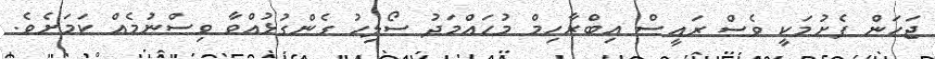
ޖަހަން ފެށުމަކީ ވެސް ރައީސް އިބްރާހިމް މުހައްމަދު ސޯލިހު ގެންގުޅުއްވާ ވިސްނުމެއް ކަމަށެވެ.